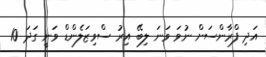
އަދި ފްރާންސަށް ނުވަ ވަނަ ލިބޭ އިރު ސްވިޒަލެންޑް ވަނީ ގަދަ 10